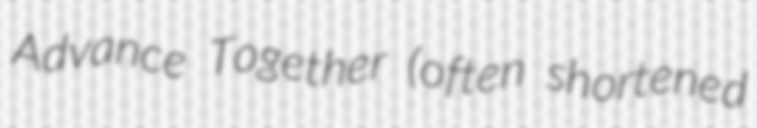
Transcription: Advance Together (often shortened